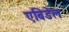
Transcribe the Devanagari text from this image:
एबिडेल